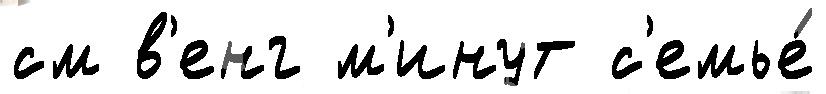
см в'енг м'инут с'емье́